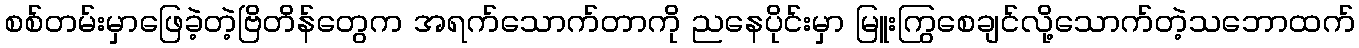
စစ်တမ်းမှာဖြေခဲ့တဲ့ဗြိတိန်တွေက အရက်သောက်တာကို ညနေပိုင်းမှာ မြူးကြွစေချင်လို့သောက်တဲ့သဘောထက်